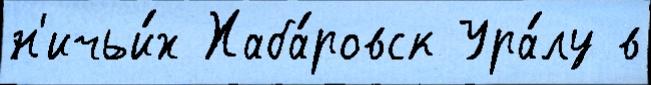
н'ичьи́х Хаба́ровск Ура́лу в